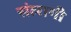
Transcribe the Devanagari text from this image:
संलागी